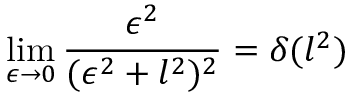
\operatorname * { l i m } _ { \epsilon \to 0 } \frac { \epsilon ^ { 2 } } { ( \epsilon ^ { 2 } + l ^ { 2 } ) ^ { 2 } } = \delta ( l ^ { 2 } )